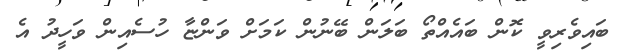
ބައިވެރިވީ ކޮން ބައެއްތޯ ބަލަން ބޭނުން ކަމަށް ވަންޏާ ހުސެއިން ވަހީދު އެ